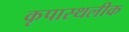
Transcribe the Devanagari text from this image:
कृपास्थलीक